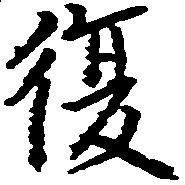
復